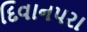
દિવાનપરા